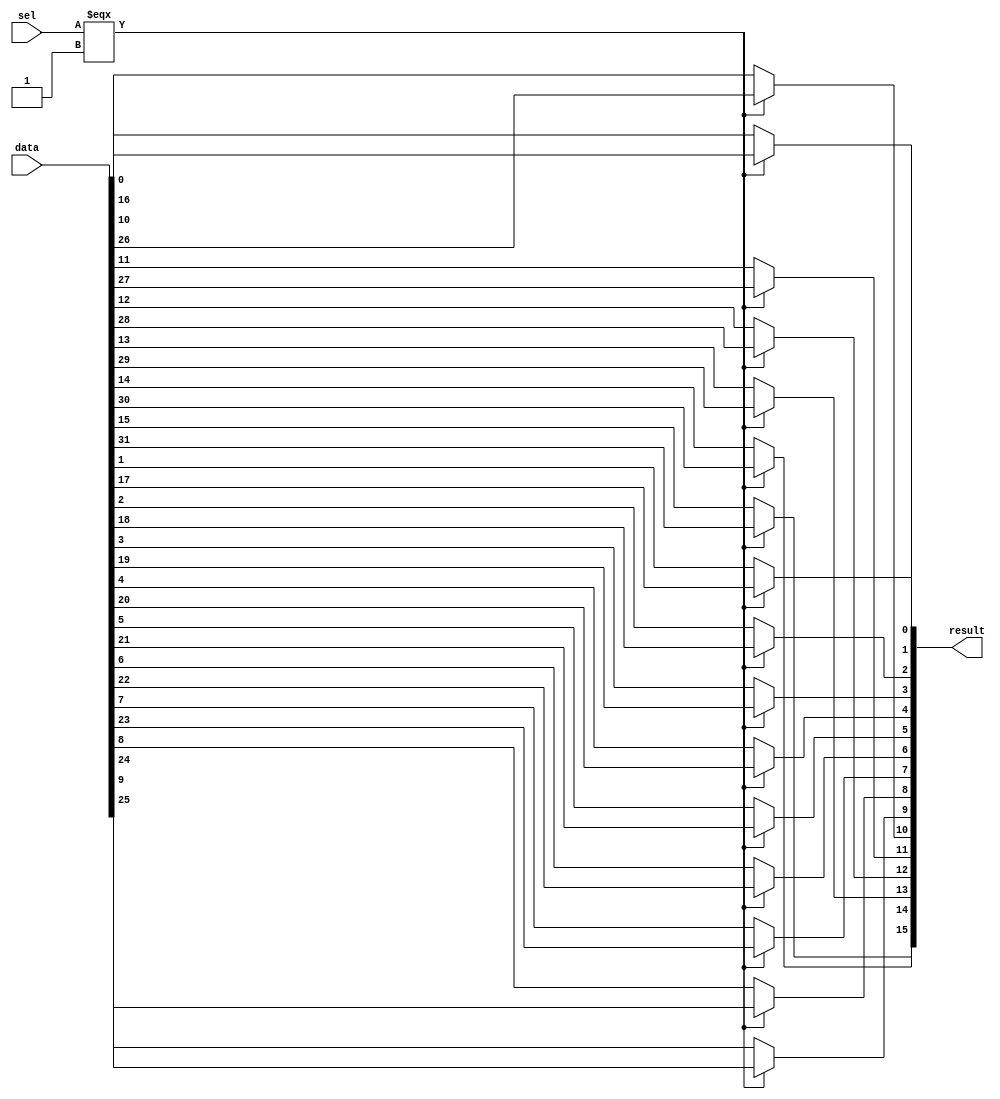
module  element_mux_16x2_mux
	( 
	data,
	result,
	sel) /* synthesis synthesis_clearbox=1 */;
	input   [31:0]  data;
	output   [15:0]  result;
	input   [0:0]  sel;
`ifndef ALTERA_RESERVED_QIS
// synopsys translate_off
`endif
	tri0   [31:0]  data;
	tri0   [0:0]  sel;
`ifndef ALTERA_RESERVED_QIS
// synopsys translate_on
`endif

	wire	wire_l1_w0_n0_mux_dataout;
	wire	wire_l1_w10_n0_mux_dataout;
	wire	wire_l1_w11_n0_mux_dataout;
	wire	wire_l1_w12_n0_mux_dataout;
	wire	wire_l1_w13_n0_mux_dataout;
	wire	wire_l1_w14_n0_mux_dataout;
	wire	wire_l1_w15_n0_mux_dataout;
	wire	wire_l1_w1_n0_mux_dataout;
	wire	wire_l1_w2_n0_mux_dataout;
	wire	wire_l1_w3_n0_mux_dataout;
	wire	wire_l1_w4_n0_mux_dataout;
	wire	wire_l1_w5_n0_mux_dataout;
	wire	wire_l1_w6_n0_mux_dataout;
	wire	wire_l1_w7_n0_mux_dataout;
	wire	wire_l1_w8_n0_mux_dataout;
	wire	wire_l1_w9_n0_mux_dataout;
	wire  [31:0]  data_wire;
	wire  [15:0]  result_wire_ext;
	wire  [0:0]  sel_wire;

	assign		wire_l1_w0_n0_mux_dataout = (sel_wire[0] === 1'b1) ? data_wire[16] : data_wire[0];
	assign		wire_l1_w10_n0_mux_dataout = (sel_wire[0] === 1'b1) ? data_wire[26] : data_wire[10];
	assign		wire_l1_w11_n0_mux_dataout = (sel_wire[0] === 1'b1) ? data_wire[27] : data_wire[11];
	assign		wire_l1_w12_n0_mux_dataout = (sel_wire[0] === 1'b1) ? data_wire[28] : data_wire[12];
	assign		wire_l1_w13_n0_mux_dataout = (sel_wire[0] === 1'b1) ? data_wire[29] : data_wire[13];
	assign		wire_l1_w14_n0_mux_dataout = (sel_wire[0] === 1'b1) ? data_wire[30] : data_wire[14];
	assign		wire_l1_w15_n0_mux_dataout = (sel_wire[0] === 1'b1) ? data_wire[31] : data_wire[15];
	assign		wire_l1_w1_n0_mux_dataout = (sel_wire[0] === 1'b1) ? data_wire[17] : data_wire[1];
	assign		wire_l1_w2_n0_mux_dataout = (sel_wire[0] === 1'b1) ? data_wire[18] : data_wire[2];
	assign		wire_l1_w3_n0_mux_dataout = (sel_wire[0] === 1'b1) ? data_wire[19] : data_wire[3];
	assign		wire_l1_w4_n0_mux_dataout = (sel_wire[0] === 1'b1) ? data_wire[20] : data_wire[4];
	assign		wire_l1_w5_n0_mux_dataout = (sel_wire[0] === 1'b1) ? data_wire[21] : data_wire[5];
	assign		wire_l1_w6_n0_mux_dataout = (sel_wire[0] === 1'b1) ? data_wire[22] : data_wire[6];
	assign		wire_l1_w7_n0_mux_dataout = (sel_wire[0] === 1'b1) ? data_wire[23] : data_wire[7];
	assign		wire_l1_w8_n0_mux_dataout = (sel_wire[0] === 1'b1) ? data_wire[24] : data_wire[8];
	assign		wire_l1_w9_n0_mux_dataout = (sel_wire[0] === 1'b1) ? data_wire[25] : data_wire[9];
	assign
		data_wire = {data},
		result = result_wire_ext,
		result_wire_ext = {wire_l1_w15_n0_mux_dataout, wire_l1_w14_n0_mux_dataout, wire_l1_w13_n0_mux_dataout, wire_l1_w12_n0_mux_dataout, wire_l1_w11_n0_mux_dataout, wire_l1_w10_n0_mux_dataout, wire_l1_w9_n0_mux_dataout, wire_l1_w8_n0_mux_dataout, wire_l1_w7_n0_mux_dataout, wire_l1_w6_n0_mux_dataout, wire_l1_w5_n0_mux_dataout, wire_l1_w4_n0_mux_dataout, wire_l1_w3_n0_mux_dataout, wire_l1_w2_n0_mux_dataout, wire_l1_w1_n0_mux_dataout, wire_l1_w0_n0_mux_dataout},
		sel_wire = {sel[0]};
endmodule
module element_mux_16x2 (
	data0x,
	data1x,
	sel,
	result)/* synthesis synthesis_clearbox = 1 */;

	input	[15:0]  data0x;
	input	[15:0]  data1x;
	input	  sel;
	output	[15:0]  result;

	wire [15:0] sub_wire0;
	wire [15:0] sub_wire5 = data0x[15:0];
	wire [15:0] result = sub_wire0[15:0];
	wire  sub_wire1 = sel;
	wire  sub_wire2 = sub_wire1;
	wire [15:0] sub_wire3 = data1x[15:0];
	wire [31:0] sub_wire4 = {sub_wire5, sub_wire3};

	element_mux_16x2_mux	element_mux_16x2_mux_component (
				.sel (sub_wire2),
				.data (sub_wire4),
				.result (sub_wire0));

endmodule